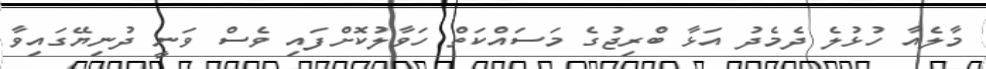
މާލެއާ ހުޅުލެ ދެމެދު އަޅާ ބްރިޖުގެ މަސައްކަތް ހަވާލުކޮށްފައި ވެސް ވަނީ ދުނިޔޭގައިވާ